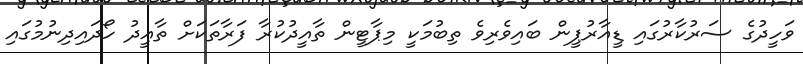
ވަހީދުގެ ސަރުކާރުގައި ޑީއާރުޕީން ބައިވެރިވެ ތިބުމަކީ މިޕާޓީން ތާއީދުކުރާ ފަރާތަކަށް ތާއީދު ހޯދައިދިނުމުގައި